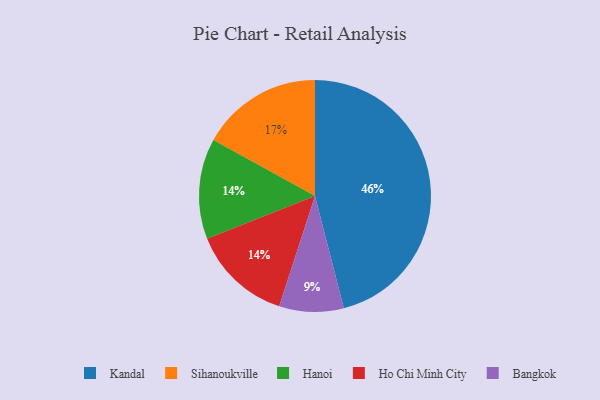
{"axis": {"x": "Category", "y": "Percentage"}, "legend": ["Bangkok", "Hanoi", "Ho Chi Minh City", "Kandal", "Sihanoukville"], "data": [{"x": "Hanoi", "y": 14, "type": "Hanoi"}, {"x": "Kandal", "y": 46, "type": "Kandal"}, {"x": "Ho Chi Minh City", "y": 14, "type": "Ho Chi Minh City"}, {"x": "Bangkok", "y": 9, "type": "Bangkok"}, {"x": "Sihanoukville", "y": 17, "type": "Sihanoukville"}]}